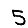
Digit: 5